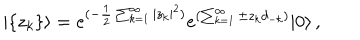
| \{ z _ { k } \} \rangle = e ^ { ( - \frac { 1 } { 2 } \sum _ { k = 1 } ^ { \infty } | z _ { k } | ^ { 2 } ) } e ^ { ( \sum _ { k = 1 } ^ { \infty } \pm z _ { k } d _ { - k } ) } | 0 \rangle \, ,